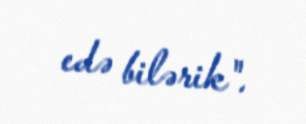
edə bilərik".